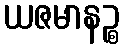
ယဇမာနဉ္စ